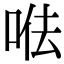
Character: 𠳷